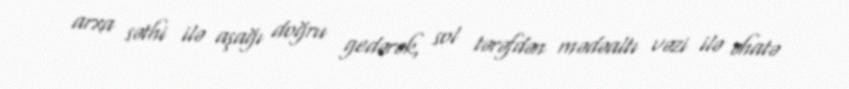
arxa səthi ilə aşağı doğru gedərək, sol tərəfdən mədəaltı vəzi ilə əhatə